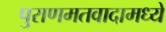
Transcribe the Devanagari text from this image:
पुराणमतवादामध्ये